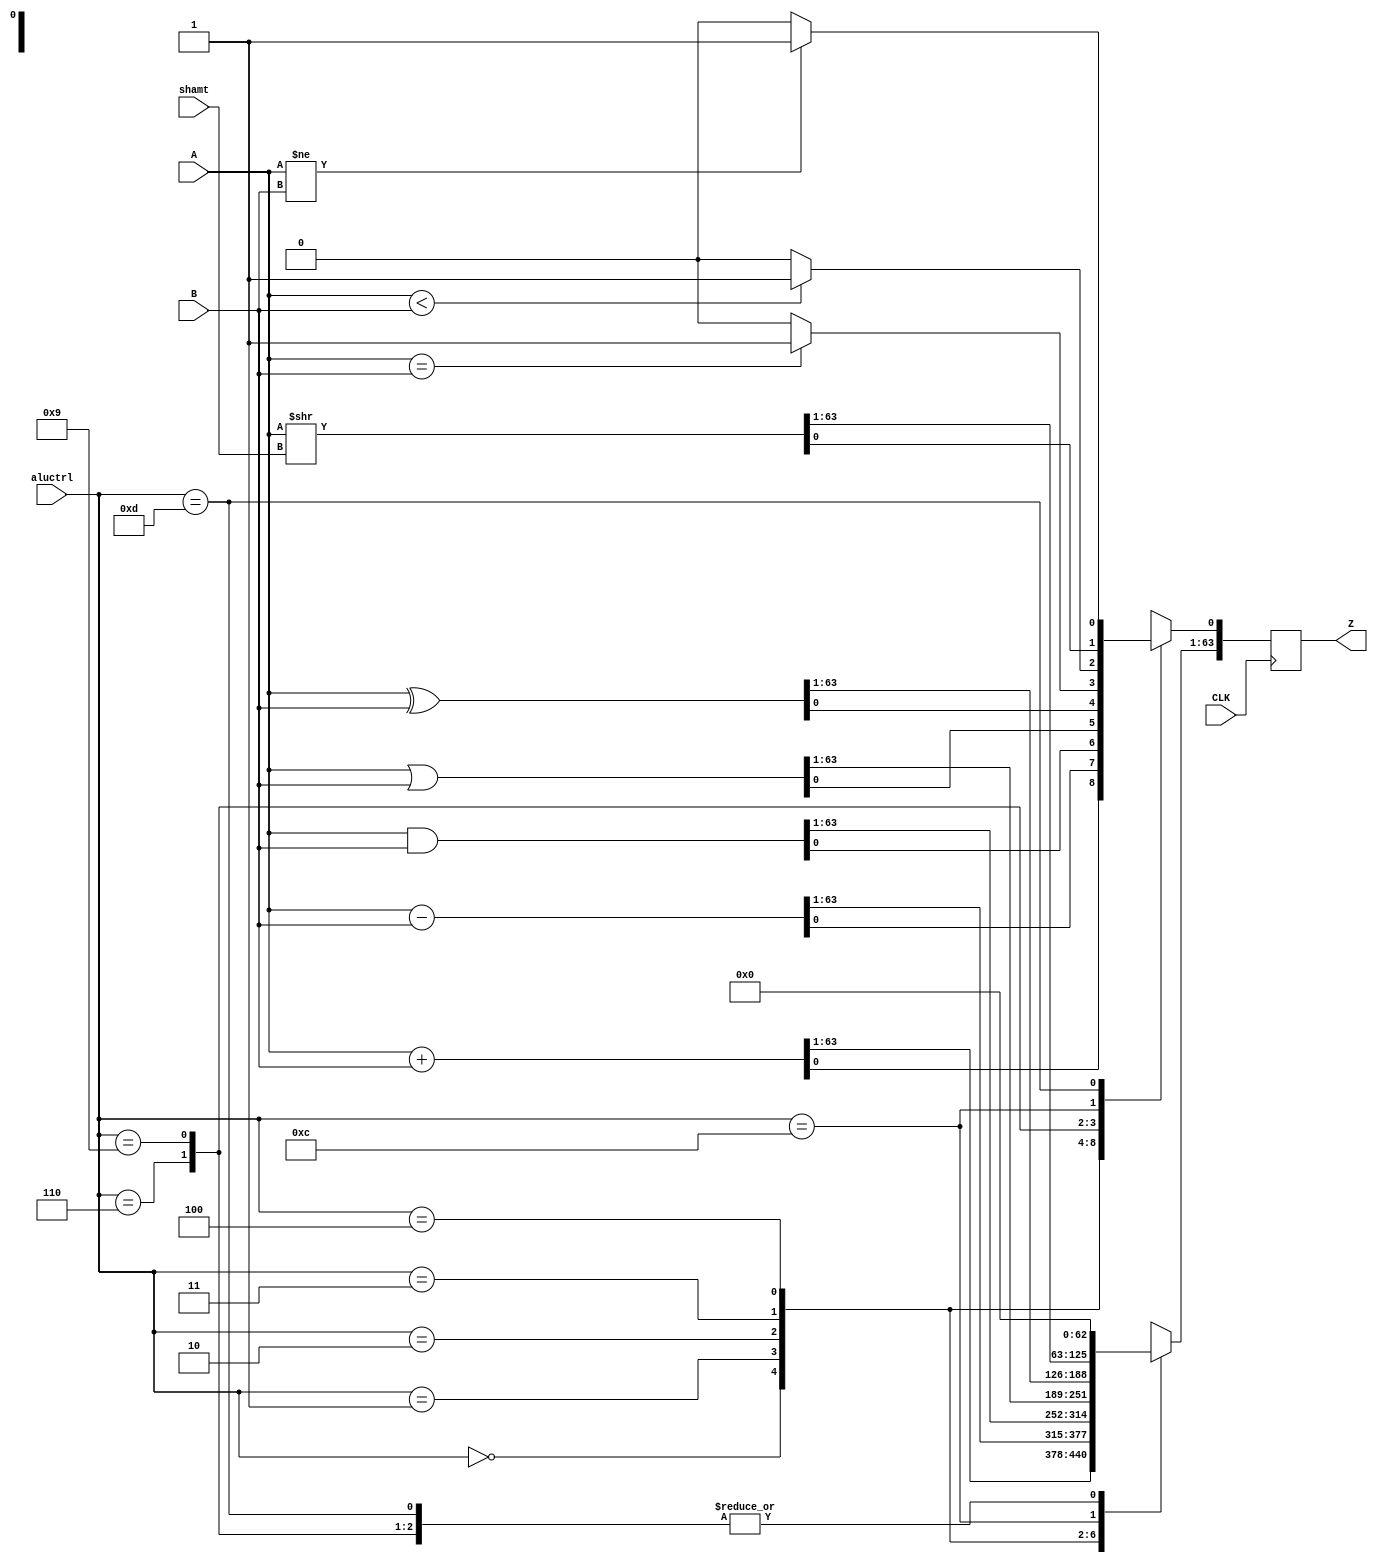
`timescale 1ns / 1ps
//////////////////////////////////////////////////////////////////////////////////
//  
// 64-bit VERILOG ALU
// Functions include:    0000    add
//						 0001    subtract
//						 0010	 bitwise AND
//						 0011	 bitwise OR
//                       0100    bitwise XOR
//						 0101	 bitwise XNOR
//    				 	 0110    compare
//                       0111    greater than(GT)
//                       1000    equal or greater than(GE)
//                       1001    less than(LT)
//                       1010    equal or less than(LE)
//						       1011	   logical left shift <<   /*************Modified**************/ logical: add zeros
//                       1100    logical right shift >> /*************Modified**************/ 
//                       1101    substring comparison
//                       1110    shift-then-compare	 
//////////////////////////////////////////////////////////////////////////////////
module alu64(
    input  [63:0]  A,
    input  [63:0]  B,
	input  [5:0]   shamt,
//	input  [5:0]   high,      // used to set upper bound of string
//	input  [5:0]   low,       // used to set lower bound of string
    input  [3:0]   aluctrl,
	input          CLK,
    output reg [63:0]  Z
//    output reg     overflow // used to detect overflow
);
	 
reg [63:0] alu_out;
//reg alu_overflow;

//ALU COMBINATIONAL LOGIC
always @(*) begin
//	alu_overflow = 1'b0;      /**********Modified*********/
	alu_out = 64'b0;          /**********Modified*********/
	case(aluctrl)
		4'b0000:  begin //add operation
						alu_out = A + B; 
//						if( !A[63] && !B[63] && alu_out[63]) //two positive numbers became negative
//						begin
//							alu_overflow=1'b1;
//						end
//						else if ( A[63] && B[63] && !alu_out[63]) //two negative numbers became positive
//						begin
//							alu_overflow=1'b1;
//						end
				 end
		4'b0001:  begin //subtract operation (signed
						alu_out = A - B; 
//						if( A[63] && !B[63] && !alu_out[63]) //negative minus positive became positive /**********Modified*********/
//						begin
//							alu_overflow=1'b1;
//						end
//						else if ( !A[63] && B[63] && alu_out[63]) //positive minus negative became negative /**********Modified********/
//						begin
//							alu_overflow=1'b1;
//						end
				 end
		4'b0010:  begin //bitwise AND
						alu_out = A & B; 
				  end
		4'b0011:  begin //bitwise OR
						alu_out = A | B; 
				  end
		4'b0100:  begin //bitwise XOR
						alu_out= A ^ B;
				 end				  
//		4'b0101:  begin //bitwise XNOR
//						alu_out= A ^~ B;
//				 end
		4'b0110:  begin //Compare operation - alu_overflow goes high if equal
						if ( A == B ) 
						begin
							alu_out[0] = 1'b1;
						end
				  end
//		4'b0111: begin //greater than - alu_overflow goes high 
//				        if (A > B) begin
//						    alu_out[0] = 1'b1;
//						end
//				 end
//		4'b1000: begin //equal or greater than - alu_overflow goes high
//				        if (A >= B) begin
//						    alu_out[0] = 1'b1;
//						end
//				 end
		4'b1001: begin //less than - alu_overflow goes high 
				        if (A < B) begin
						    alu_out[0] = 1'b1;
						end
				 end
//		4'b1010: begin //equal or less than - alu_overflow goes high
//				        if (A <= B) begin
//						    alu_out[0] = 1'b1;
//						end
//				 end
//		4'b1011: begin //Left logical shift operation
//						alu_out = A << shamt;
//				 end
		4'b1100: begin //Right logical shift operation
                        alu_out = A >> shamt;				      
				 end
		4'b1101:    begin //Not equal
				        if (A != B) begin
						    alu_out[0] = 1'b1;
						  end
	    				end
//		4'b1110: begin // Bit Selection
//					alu_out[0] = A[B[5:0]];
//				 end
//		4'b1111: begin // Expand
//					alu_out = {66{A[B[5:0]]}};
//				 end
//		4'b1101:    begin //Substring comparison
//				        if ((A << (63-high)) >> (63+low-high) == (B << (63-high)) >> (63+low-high)) begin
//						    alu_overflow = 1'b1;
//						  end
//	    				end
//		4'b1110:    begin //left shift and compare
//				        //reg A_temp = A << shamt;
//						//reg B_temp = B << shamt;
//						if ((A << shamt) == (B << shamt)) begin   // not sure if this is best, or can we use just simple if ((A << shamt) == (B << shamt))
//						    alu_out[0] = 1'b1;   
//						end
//				 end
//		4'b1111:    begin //right shift and compare
//
//						if ((A >> shamt) == (B >> shamt)) begin
//						    alu_out[0] = 1'b1;
//						end
//				 end
		default: begin
					//Unspecified behavior
						alu_out = 64'bX;     /********Modified*********/
//						alu_overflow = 1'bX;
					end
	endcase
end
//REGISTERED OUTPUT OF ALU LOGIC
always @(posedge CLK) begin
	    Z <= alu_out;
//	    overflow <= alu_overflow;
end
	
endmodule